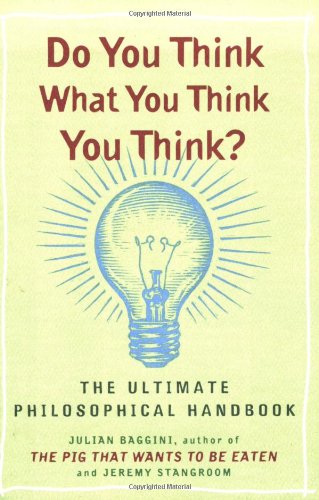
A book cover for Do You Think What You Think You Think?; Julian Baggini; Humor & Entertainment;